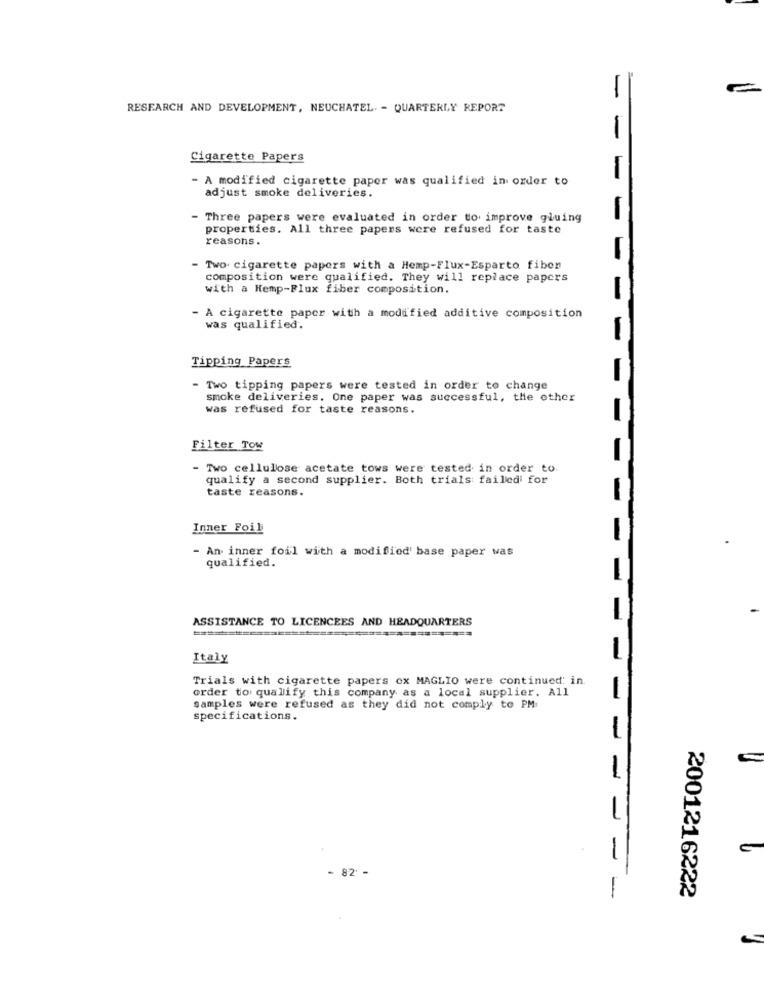
RESEARCH AND DEVELOPMENT, NEUCHATEL. - QUARTERLY REPORT
-
Cigarette Papers
- A modified cigarette paper was qualified in order to
adjust smoke deliveries.
Three papers were evaluated in order to improve gluing
properties. All three papers were refused for taste
reasons.
- Two. cigarette papers with a Hemp-Flux-Esparto fibon
composition were qualified. They will replace papers
with a Hemp-Flux fiber composition.
A cigarette paper with a modified additive composition
was qualified.
Tipping Papers
- Two tipping papers were tested in order to change
smoke deliveries. One paper was successful, the other
was refused for taste reasons.
Filter Tow
- Two cellulose acetate tows were tested in order to
qualify a second supplier. Both trials failed for
taste reasons.
Inner Foil
-
- An inner foil with a modified' base paper was
qualified.
ASSISTANCE TO LICENCEES AND HEADQUARTERS
Italy
Trials with cigarette papers ox MAGLIO were continued: in.
order to qualify this company as a local supplier. All
samples were refused as they did not comply to PM
specifications.
-
-
- 82 -
-
2001216222